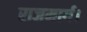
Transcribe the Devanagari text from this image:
राजमार्ग।